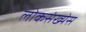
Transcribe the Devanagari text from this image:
लोकसंख्येस